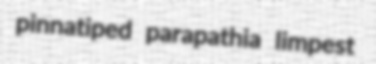
pinnatiped parapathia limpest